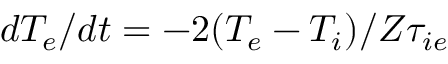
d T _ { e } / d t = - 2 ( T _ { e } - T _ { i } ) / Z \tau _ { i e }